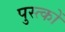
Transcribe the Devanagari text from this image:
पुस्त्कों